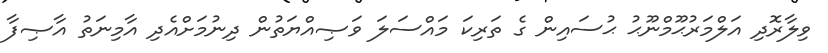
ވިލާރޮދި އަލްމަރުޙޫމްނޫޙު ޙުސައިން ގެ ތަރިކަ މައްސަލަ ވަޞިއްޔަތުން ދިނުމަށްއެދި އާމިނަތު އާޞިފާ